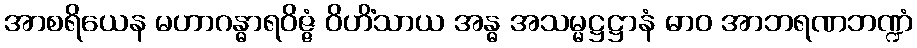
အာစရိယေန မဟာဂန္ဓာရဝိဇ္ဇံ ဝိဟိံသာယ အန္ဓ အသမ္မဋ္ဌဋ္ဌာနံ ဓာဝ အာဘရဏဘဏ္ဍံ